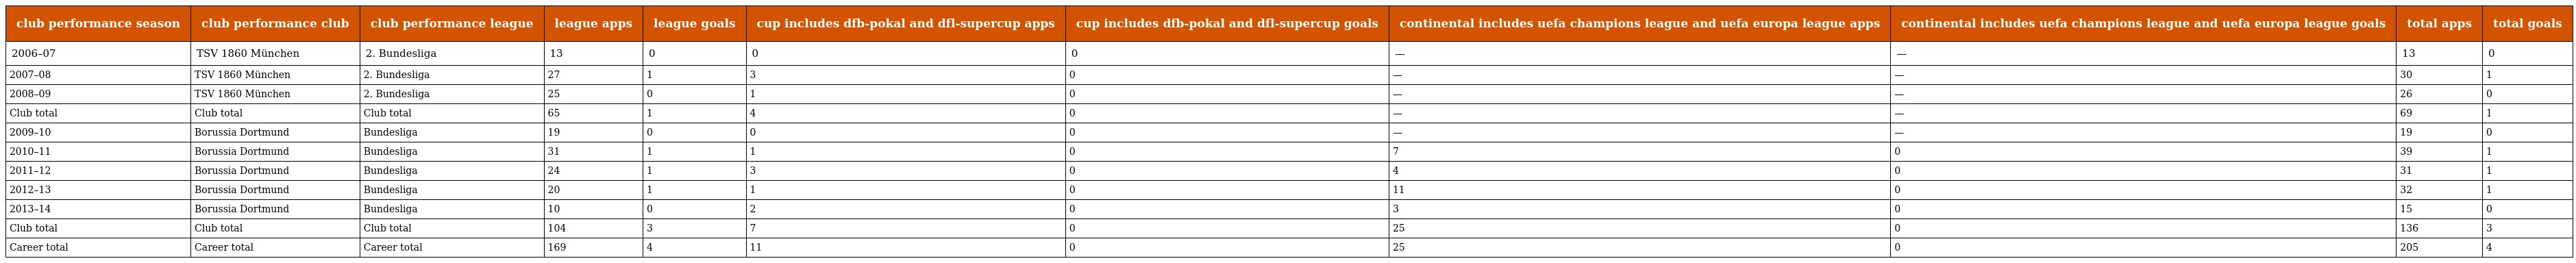
| club performance season | club performance club | club performance league | league apps | league goals | cup includes dfb-pokal and dfl-supercup apps | cup includes dfb-pokal and dfl-supercup goals | continental includes uefa champions league and uefa europa league apps | continental includes uefa champions league and uefa europa league goals | total apps | total goals |
 | --- | --- | --- | --- | --- | --- | --- | --- | --- | --- | --- |
 | 2006–07 | TSV 1860 München | 2. Bundesliga | 13 | 0 | 0 | 0 | — | — | 13 | 0 |
 | 2007–08 | TSV 1860 München | 2. Bundesliga | 27 | 1 | 3 | 0 | — | — | 30 | 1 |
 | 2008–09 | TSV 1860 München | 2. Bundesliga | 25 | 0 | 1 | 0 | — | — | 26 | 0 |
 | Club total | Club total | Club total | 65 | 1 | 4 | 0 | — | — | 69 | 1 |
 | 2009–10 | Borussia Dortmund | Bundesliga | 19 | 0 | 0 | 0 | — | — | 19 | 0 |
 | 2010–11 | Borussia Dortmund | Bundesliga | 31 | 1 | 1 | 0 | 7 | 0 | 39 | 1 |
 | 2011–12 | Borussia Dortmund | Bundesliga | 24 | 1 | 3 | 0 | 4 | 0 | 31 | 1 |
 | 2012–13 | Borussia Dortmund | Bundesliga | 20 | 1 | 1 | 0 | 11 | 0 | 32 | 1 |
 | 2013–14 | Borussia Dortmund | Bundesliga | 10 | 0 | 2 | 0 | 3 | 0 | 15 | 0 |
 | Club total | Club total | Club total | 104 | 3 | 7 | 0 | 25 | 0 | 136 | 3 |
 | Career total | Career total | Career total | 169 | 4 | 11 | 0 | 25 | 0 | 205 | 4 |